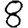
Digit: 8